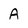
Character: A